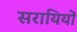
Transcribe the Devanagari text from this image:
सरायियों